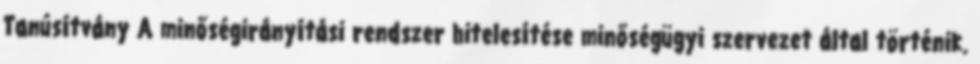
Tanúsítvány A minőségirányítási rendszer hitelesítése minőségügyi szervezet által történik.